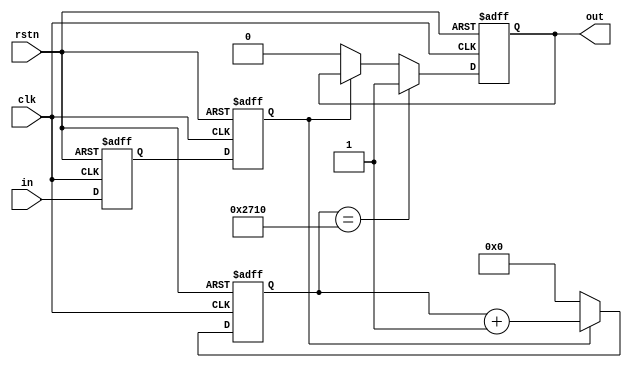

module deUstb(out,in,clk,rstn);
input  in;
input clk;
output out;
input rstn;

reg in_reg0;
reg in_reg1;

localparam st_const = 20'd10000;
always@(posedge clk or negedge rstn) begin
    if (!rstn) begin
        in_reg0 <= 1'b0;
        in_reg1 <= 1'b0;
    end
    else begin
        in_reg0 <= in;
        in_reg1 <= in_reg0;
    end
end

reg [19:0] cnt;
always@(posedge clk or negedge rstn) begin
    if (!rstn) begin
        cnt <= 20'd0;
    end
    else begin
        if (in_reg1) begin
            cnt <= cnt + 1'b1;
        end
        else begin
            cnt <= 20'd0;
        end
    end
end

reg out;
always@(posedge clk or negedge rstn) begin
    if (!rstn) begin
        out <= 1'b0;
    end
    else begin
        if (cnt == st_const) begin
            out <= 1'b1;
        end
        else if (!in_reg1) begin
            out <= 1'b0;
        end
    end
end

endmodule